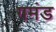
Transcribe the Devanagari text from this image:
गमंड